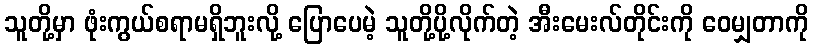
သူတို့မှာ ဖုံးကွယ်စရာမရှိဘူးလို့ ပြောပေမဲ့ သူတို့ပို့လိုက်တဲ့ အီးမေးလ်တိုင်းကို ဝေမျှတာကို